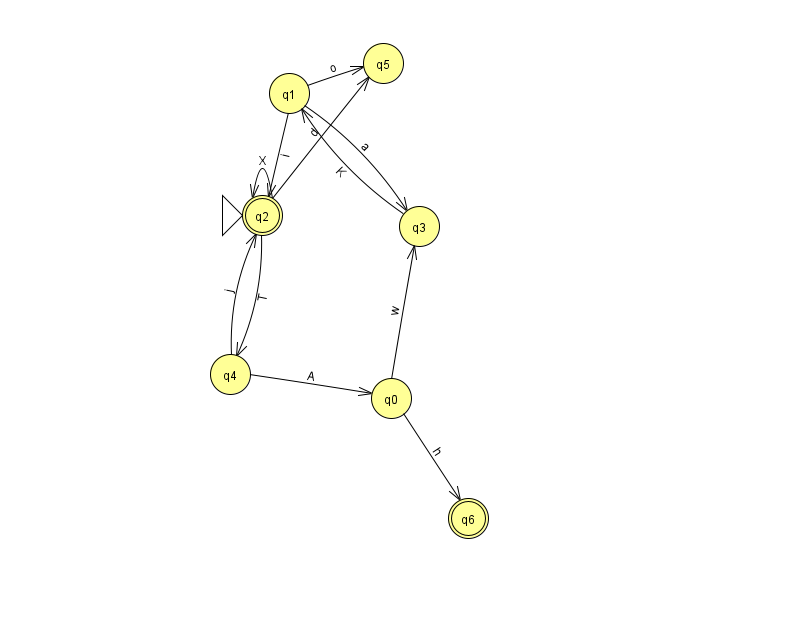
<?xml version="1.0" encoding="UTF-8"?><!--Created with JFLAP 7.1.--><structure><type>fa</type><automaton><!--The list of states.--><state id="0" name="q0"><x>391.0</x><y>385.0</y></state><state id="1" name="q1"><x>289.0</x><y>80.0</y></state><state id="2" name="q2"><x>262.0</x><y>202.0</y><initial/><final/></state><state id="3" name="q3"><x>419.0</x><y>213.0</y></state><state id="4" name="q4"><x>230.0</x><y>361.0</y></state><state id="5" name="q5"><x>383.0</x><y>50.0</y></state><state id="6" name="q6"><x>468.0</x><y>505.0</y><final/></state><!--The list of transitions.--><transition><from>1</from><to>2</to><read>i</read></transition><transition><from>1</from><to>3</to><read>a</read></transition><transition><from>2</from><to>4</to><read>T</read></transition><transition><from>0</from><to>3</to><read>w</read></transition><transition><from>1</from><to>5</to><read>o</read></transition><transition><from>2</from><to>5</to><read>d</read></transition><transition><from>2</from><to>2</to><read>X</read></transition><transition><from>3</from><to>1</to><read>K</read></transition><transition><from>4</from><to>0</to><read>A</read></transition><transition><from>4</from><to>2</to><read>j</read></transition><transition><from>0</from><to>6</to><read>h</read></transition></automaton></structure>